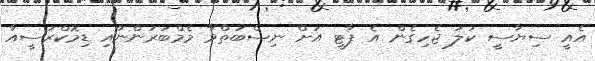
އެއީ ސިޔާސީ ކުލަ ޖެހިގެން އެ ޕާޓީ އަށް ނިސްބަތްވާ މެމްބަރުންނާއި ޑިމޮކްރަސީއާ